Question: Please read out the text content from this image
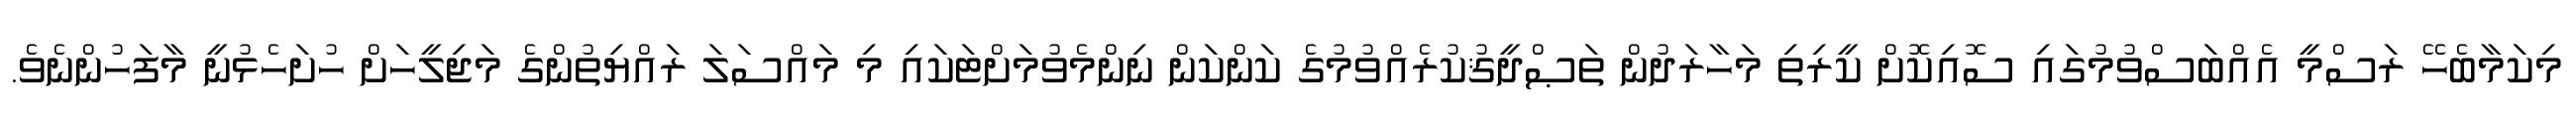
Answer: މިކަމާބެހޭ ރަސްމީ އެއްބަސްވުމުގައި ސޮއިކޮށް ކީރިތި މަހާރަދުން ތަޞްދީޤުކުރެއްވުމުގެ ކަންކަން ނިންމެވުމަށްޓަކައި މި މައްސަލަ ރައްޔިތުންގެ މަޖިލީހަށް ހުށަހެޅުނީ މާފަހުންނެވެ.